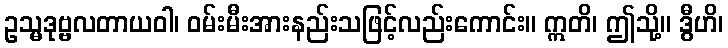
ဥသ္မဒုဗ္ဗလတာယဝါ၊ ဝမ်းမီးအားနည်းသဖြင့်လည်းကောင်း။ ဣတိ၊ ဤသို့။ ဒွီဟိ၊